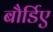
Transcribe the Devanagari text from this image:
बौर्डिए